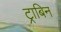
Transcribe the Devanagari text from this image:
ट्राबिन